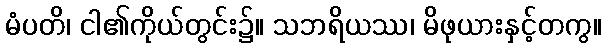
မံပတိ၊ ငါ၏ကိုယ်တွင်း၌။ သဘရိယဿ၊ မိဖုယားနှင့်တကွ။